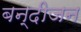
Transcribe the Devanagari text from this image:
बन्दीजन